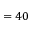
= 4 0